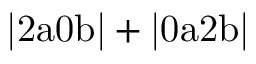
\mathrm { | 2 a 0 b | + | 0 a 2 b | }